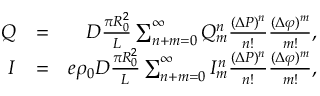
\begin{array} { r l r } { Q } & { = } & { D \frac { \pi R _ { 0 } ^ { 2 } } { L } \sum _ { n + m = 0 } ^ { \infty } Q _ { m } ^ { n } \frac { ( \Delta P ) ^ { n } } { n ! } \frac { ( \Delta \varphi ) ^ { m } } { m ! } , } \\ { I } & { = } & { e \rho _ { 0 } D \frac { \pi R _ { 0 } ^ { 2 } } { L } \sum _ { n + m = 0 } ^ { \infty } I _ { m } ^ { n } \frac { ( \Delta P ) ^ { n } } { n ! } \frac { ( \Delta \varphi ) ^ { m } } { m ! } , } \end{array}